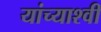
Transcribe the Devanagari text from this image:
यांच्याश्वी